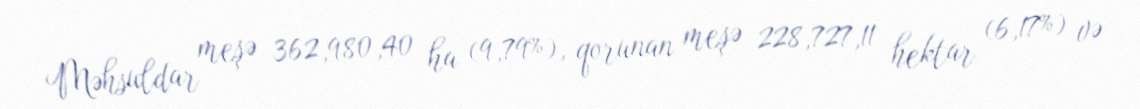
Məhsuldar meşə 362,980,40 ha (9,79%), qorunan meşə 228,727,11 hektar (6,17%) və